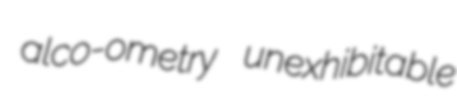
alco-ometry unexhibitable